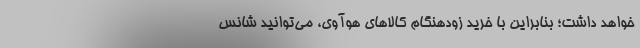
خواهد داشت؛ بنابراین با خرید زودهنگام کالاهای هوآوی، می‌توانید شانس